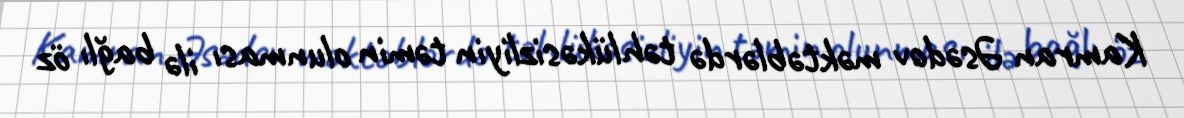
Kamran Əsədov məktəblərdə təhlükəsizliyin təmin olunması ilə bağlı öz